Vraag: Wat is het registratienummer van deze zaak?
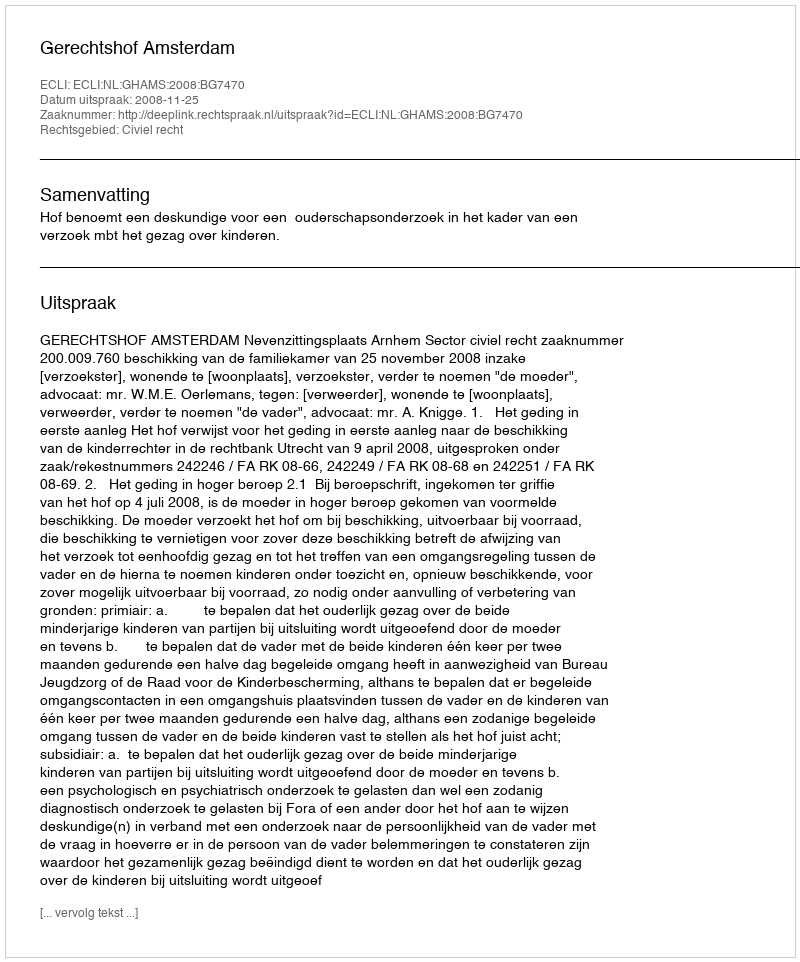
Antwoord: http://deeplink.rechtspraak.nl/uitspraak?id=ECLI:NL:GHAMS:2008:BG7470